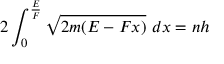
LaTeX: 2 \int _ { 0 } ^ { \frac { E } { F } } { \sqrt { 2 m ( E - F x ) } } \ d x = n h